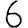
Digit: 6